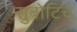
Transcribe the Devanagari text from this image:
सुबोटिच